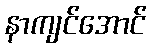
နာကျင်အောင်